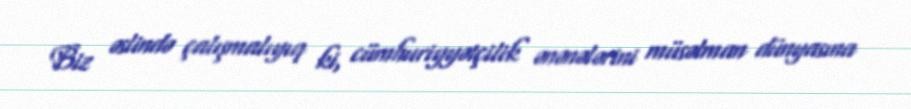
Biz əslində çalışmalıyıq ki, cümhuriyyətçilik ənənələrini müsəlman dünyasına